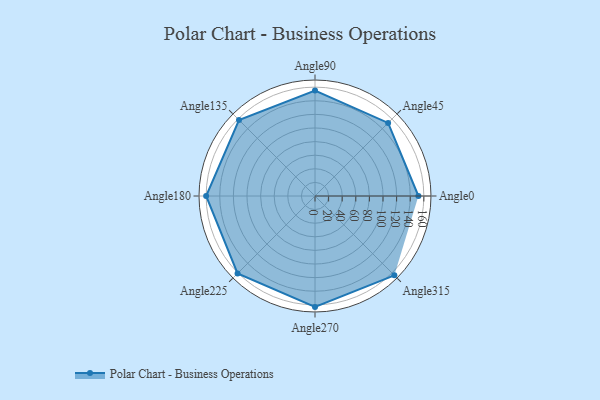
{"axis": {"x": "Angle", "y": "Radius"}, "legend": [""], "data": [{"x": "Angle0", "y": 152.0, "type": ""}, {"x": "Angle45", "y": 152.0, "type": ""}, {"x": "Angle90", "y": 155.0, "type": ""}, {"x": "Angle135", "y": 158.0, "type": ""}, {"x": "Angle180", "y": 160.0, "type": ""}, {"x": "Angle225", "y": 161.0, "type": ""}, {"x": "Angle270", "y": 163.0, "type": ""}, {"x": "Angle315", "y": 165.0, "type": ""}]}